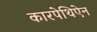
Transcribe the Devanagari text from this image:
कारपेथिऐन